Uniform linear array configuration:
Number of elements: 8
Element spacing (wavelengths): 1
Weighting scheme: kaiser
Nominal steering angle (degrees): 30
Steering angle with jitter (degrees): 31.132
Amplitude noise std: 0.05
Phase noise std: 0.05

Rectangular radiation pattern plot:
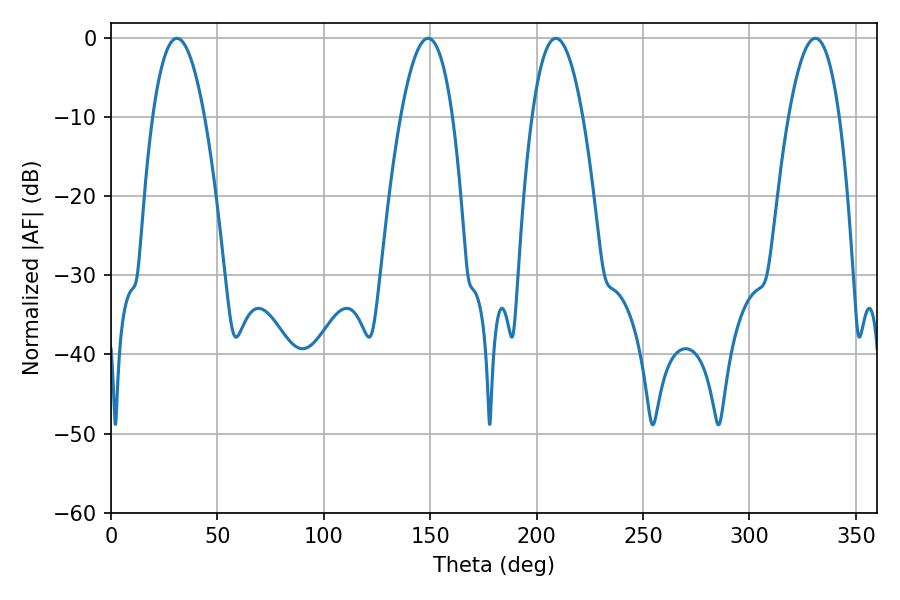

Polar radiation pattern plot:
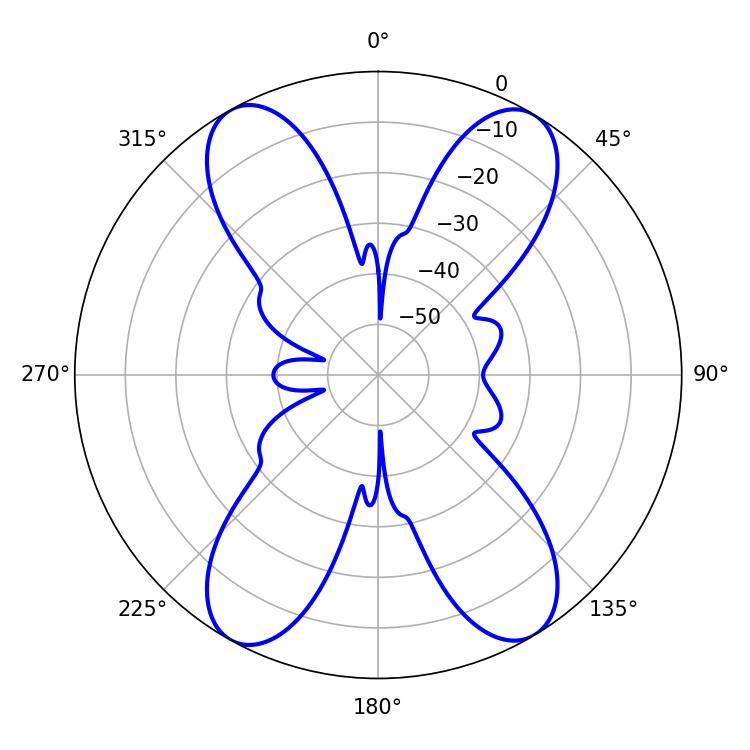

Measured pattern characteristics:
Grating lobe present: TRUE
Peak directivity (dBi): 20.027
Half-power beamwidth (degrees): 13.5
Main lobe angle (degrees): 30.96